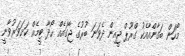
މޯހަން ބަގާންއާއެކު ގްރޫޕް ޖީއިން ދެވަނަ ބުރުގެ ޖާގައެއް ހޯދާ ޓީމެއް ކަށަވަރުވާނީ